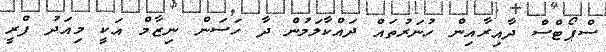
ސްޕޯޓްސް ދާއިރާއިން ހުނަރުތައް ދައްކާލަމުން ދާ ހަސަން ނިޒާމް އަކީ މިއަދު ފްރީ